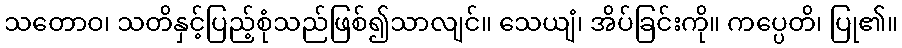
သတောဝ၊ သတိနှင့်ပြည့်စုံသည်ဖြစ်၍သာလျင်။ သေယျံ၊ အိပ်ခြင်းကို။ ကပ္ပေတိ၊ ပြု၏။